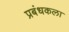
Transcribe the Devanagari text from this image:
प्रबंधकला